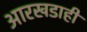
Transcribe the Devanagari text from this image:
आरखडाही